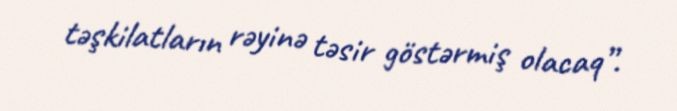
təşkilatların rəyinə təsir göstərmiş olacaq”.